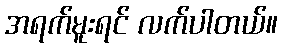
အရက်မူးရင် လက်ပါတယ်။